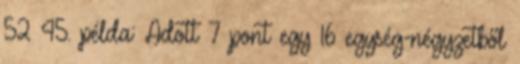
52 45. példa: Adott 7 pont egy 16 egység-négyzetből